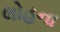
લોહના